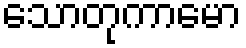
သောတုကာမော